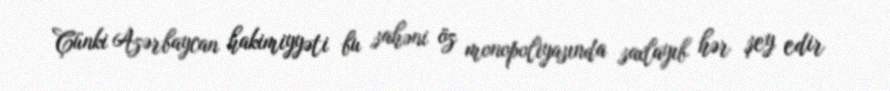
Çünki Azərbaycan hakimiyyəti bu sahəni öz monopoliyasında saxlayıb hər şey edir